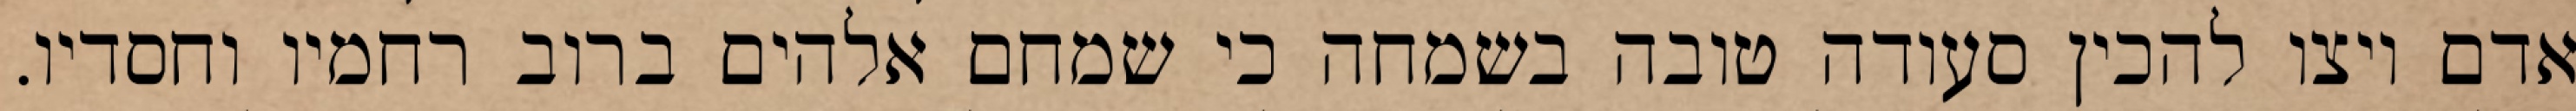
אדם ויצו להכין סעודה טובה בשמחה כי שמחם אלהים ברוב רחמיו וחסדיו.